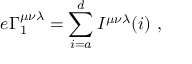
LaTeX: e \Gamma _ { 1 } ^ { \mu \nu \lambda } = \sum _ { i = a } ^ { d } I ^ { \mu \nu \lambda } ( i ) \ ,